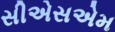
સીએસએમ